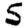
Digit: 5